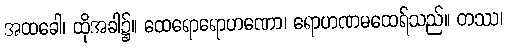
အထခေါ၊ ထိုအခါ၌။ ထေရောရောဟဏော၊ ရောဟဏမထေရ်သည်။ တဿ၊